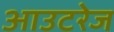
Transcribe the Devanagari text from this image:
आउटरेज